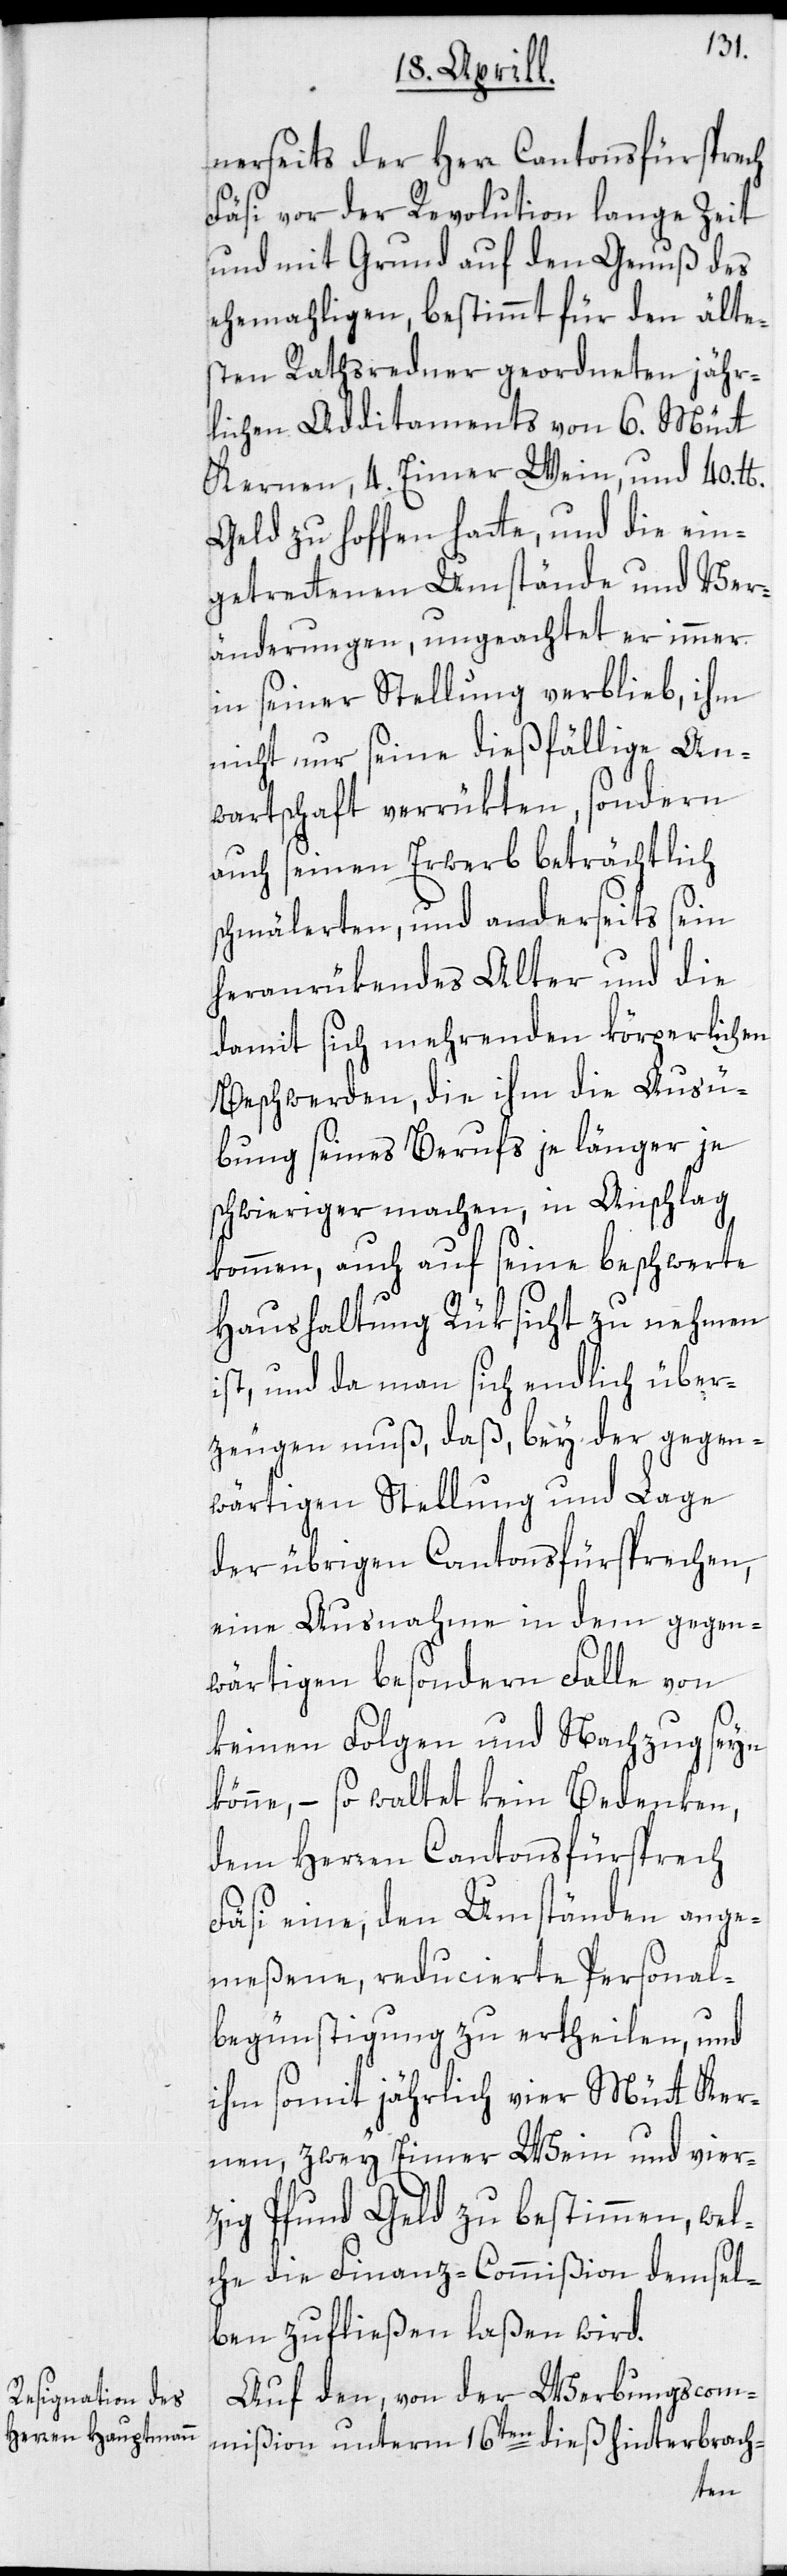
nerseits der Herr Cantonsfürsprech
Fäsi vor der Revolution lange Zeit
und mit Grund auf den Genuß des
ehemahligen, bestimmt für den älte¬
sten Rathsredner geordneten jähr¬
lichen Additaments von 6. Mütt
Kernen, 4. Eimer Wein, und 40.
Geld zu hoffen hatte, und die ein¬
getrettenen Umstände und Ver¬
änderungen, ungeachtet er immer
in seiner Stellung verblieb, ihm
nicht nur seine dießfällige An¬
wartschaft verrükten, sondern
auch seinen Erwerb beträchtlich
schmälerten, und anderseits sein
heranrükendes Alter und die
damit sich mehrenden körperlichen
Beschwerden, die ihm die Ausü¬
bung seines Berufs je länger je
schwieriger machen, in Anschlag
kommen, auch auf seine beschwerte
Haushaltung Rüksicht zu nehmen
ist, und da man sich endlich über¬
zeugen muß, daß, bey der gegen¬
wärtigen Stellung und Lage
der übrigen Cantonsfürsprechen,
eine Ausnahme in dem gegen¬
wärtigen besondern Falle von
keinen Folgen und Nachzug seyn
könne, – so waltet kein Bedenken,
dem Herren Cantonsfürsprech
Fäsi eine, den Umständen ange¬
meßene, reducierte Personal¬
begünstigung zu ertheilen, und
ihm somit jährlich vier Mütt Ker¬
nen, zwey Eimer Wein und vier¬
zig Pfund Geld zu bestimmen, wel¬
che die Finanz-Commißion demsel¬
ben zufließen laßen wird.
Auf den, von der Werbungscom¬
mißion unterm 16ten dieß hinterbrach-